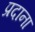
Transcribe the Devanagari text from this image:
प्रदाना